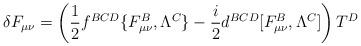
LaTeX: \begin{align*}\delta F_{\mu\nu}=\left({1\over2}f^{BCD}\{F_{\mu\nu}^B, \Lambda^C\}-{i\over2}d^{BCD}[F_{\mu\nu}^B, \Lambda^C]\right)T^D\end{align*}